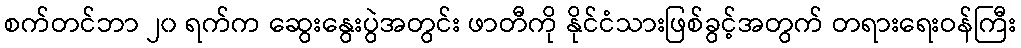
စက်တင်ဘာ ၂၀ ရက်က ဆွေးနွေးပွဲအတွင်း ဖာတီကို နိုင်ငံသားဖြစ်ခွင့်အတွက် တရားရေးဝန်ကြီး